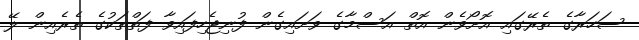
ސަހަރާގެ ތެރޭގައި އޮށޯވެން އޮތް އަސްމާގެ ވަށައިގެން ފުނިޖެހިފައިވާ ފަތްތަކުގެ ތެރެއިން ލޭ